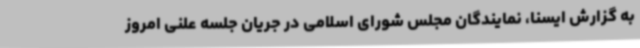
به گزارش ایسنا، نمایندگان مجلس شورای اسلامی در جریان جلسه علنی امروز